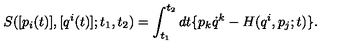
{ S } ( [ p _ { i } ( t ) ] , [ q ^ { i } ( t ) ] ; t _ { 1 } , t _ { 2 } ) = \int _ { t _ { 1 } } ^ { t _ { 2 } } d t \{ p _ { k } { \dot { q } } ^ { k } - { H } ( { q ^ { i } } , { p } _ { j } ; t ) \} .